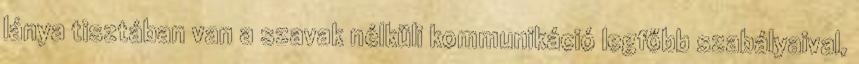
lánya tisztában van a szavak nélküli kommunikáció legfőbb szabályaival,